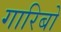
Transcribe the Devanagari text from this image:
गारिबो